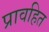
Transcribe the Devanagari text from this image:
प्रावहित